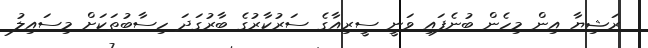
ރަޝިޔާ އިން މިހެން ބުނެފައި ވަނީ ސީރިއާގެ ސަރުކާރުގެ ބާރުގަދަ ހިސާބުތަކަށް މިސައިލު